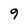
Character: 9